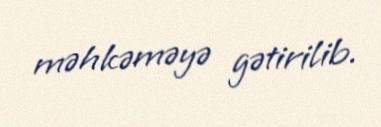
məhkəməyə gətirilib.